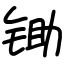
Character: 锄